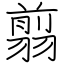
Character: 翦